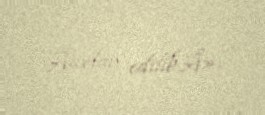
Â«elan edilibÂ».